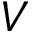
V